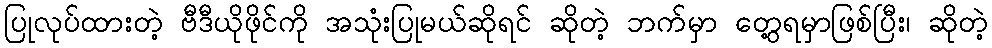
ပြုလုပ်ထားတဲ့ ဗီဒီယိုဖိုင်ကို အသုံးပြုမယ်ဆိုရင် ဆိုတဲ့ ဘက်မှာ တွေ့ရမှာဖြစ်ပြီး၊ ဆိုတဲ့